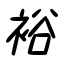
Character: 裕